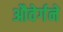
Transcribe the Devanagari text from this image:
औवेर्गने